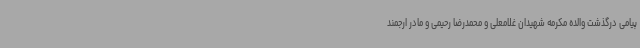
پیامی درگذشت والده مکرمه شهیدان غلامعلی و محمدرضا رحیمی و مادر ارجمند